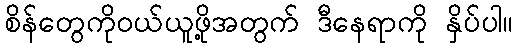
စိန်တွေကိုဝယ်ယူဖို့အတွက် ဒီနေရာကို နှိပ်ပါ။